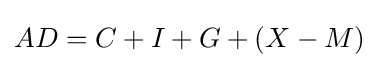
AD=C+I+G+(X-M)